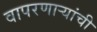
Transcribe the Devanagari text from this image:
वापरणार्‍यांची